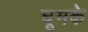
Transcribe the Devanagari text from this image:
घूमके